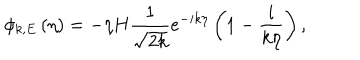
\phi _ { k , E } \left( \eta \right) = - \eta H \frac { 1 } { \sqrt { 2 k } } e ^ { - i k \eta } \left( 1 - \frac { i } { k \eta } \right) ,